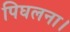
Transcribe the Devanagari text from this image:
पिघलना।